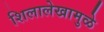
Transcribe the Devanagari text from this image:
शिलालेखामुळे